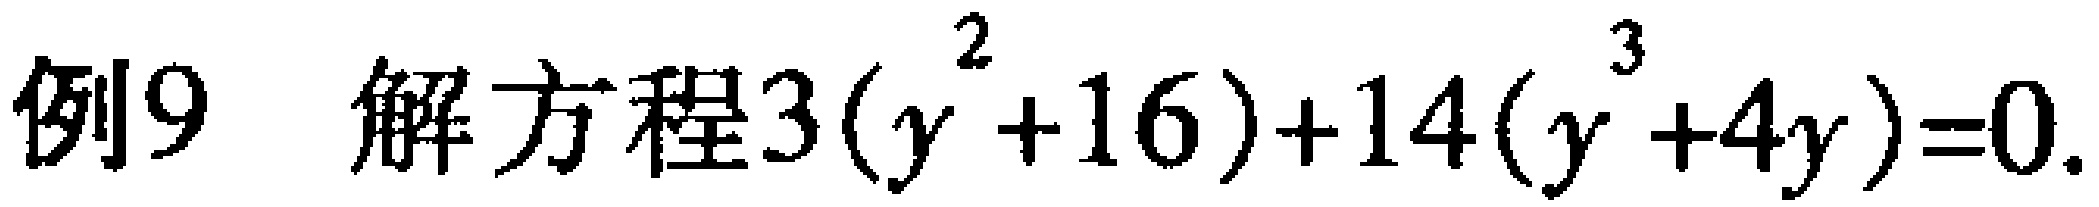
例9 解方程\(3(y^{2}+16)+14(y^{3}+4y)=0\).